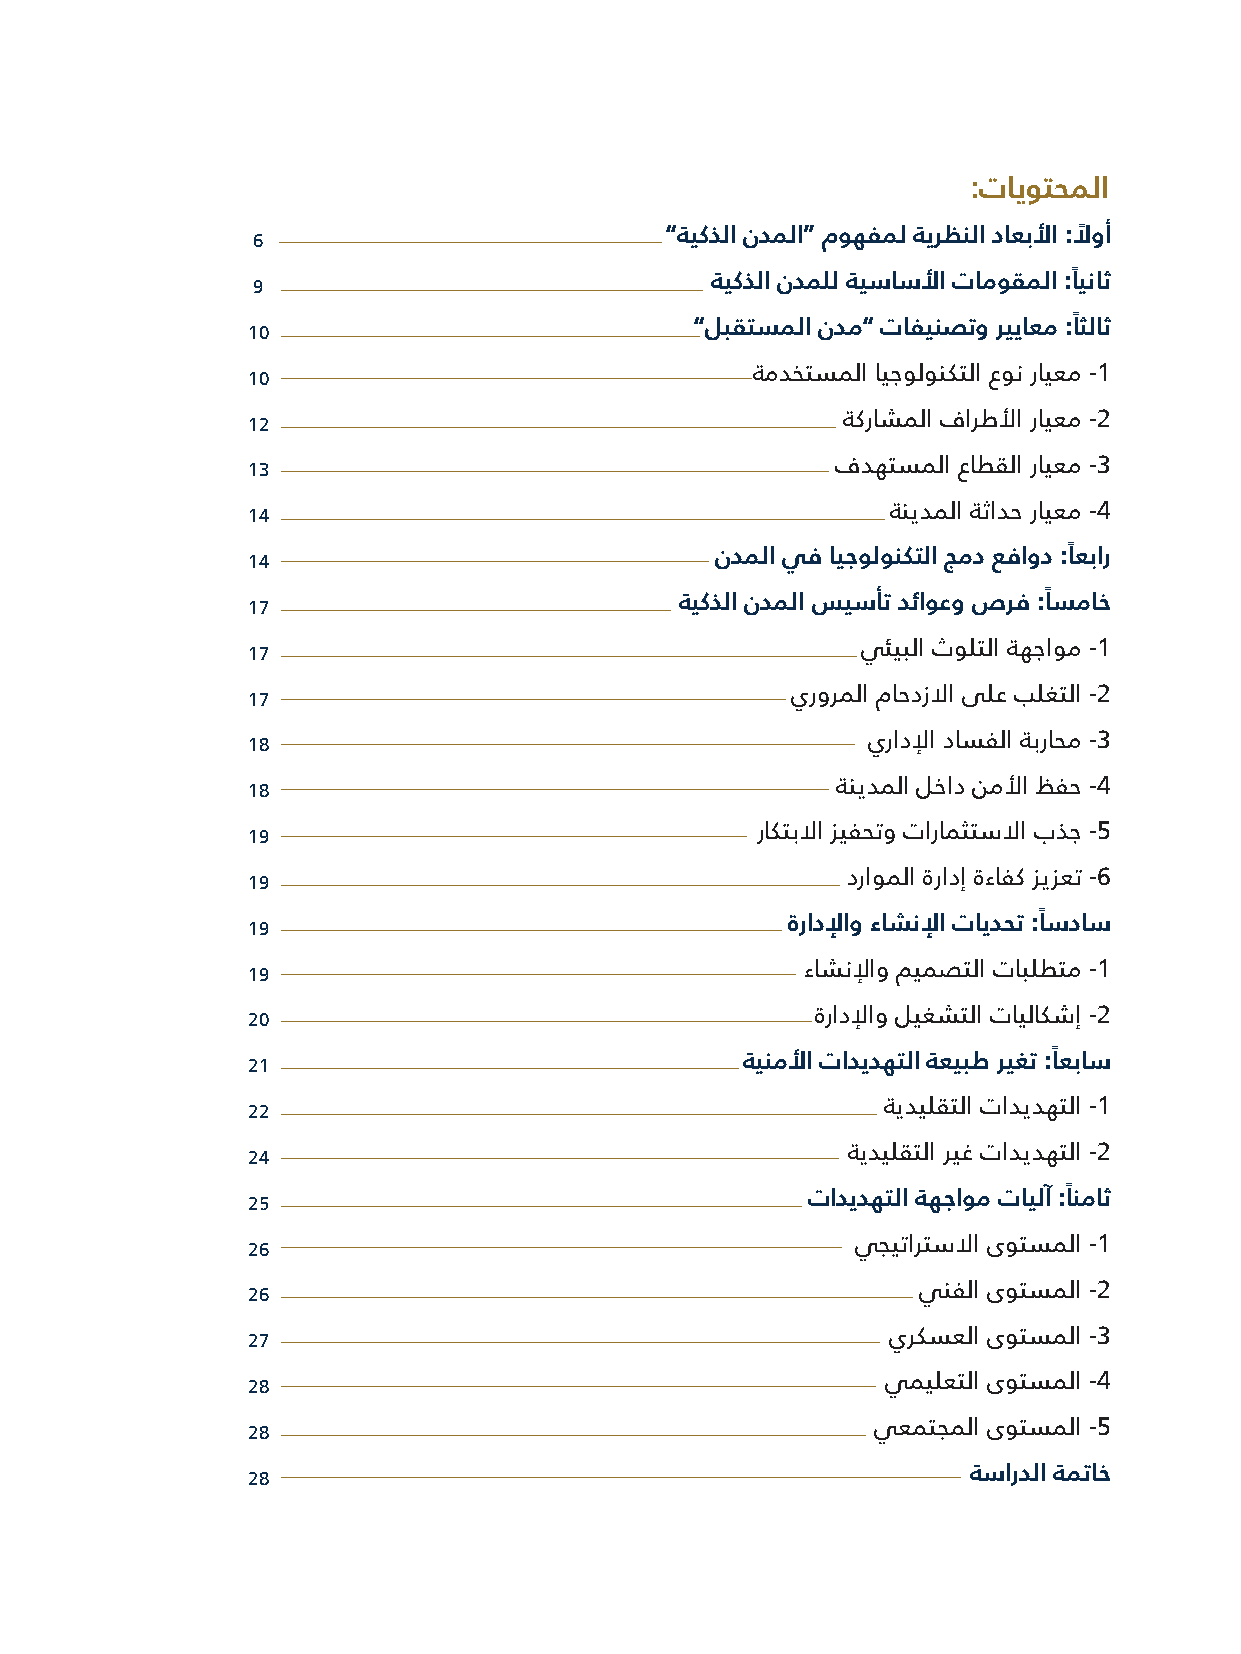
:تايوتحملا
 6
 ”ةيكذلا ندملا“ موهفمل ةيرظنلا داعبلأا :لاً وأ
 ةيكذلا ندملل ةيساسلأا تاموقملا :اًيناث
 9
 ”لبقتسملا ندم” تافينصتو ريياعم :اًثلاث
 10
 ةمدختسملا ايجولونكتلا عون رايعم -1
 10
 ةكراشملا فارطلأا رايعم -2
 12
 فدهتسملا عاطقلا رايعم -3
 13
 ةنيدملا ةثادح رايعم -4
 14
 ندملا يف ايجولونكتلا جمد عفاود :اًعبار
 14
 ةيكذلا ندملا سيسأت دئاوعو صرف :اًسماخ
 17
 يئيبلا ثولتلا ةهجاوم -1
 17
 يرورملا ماحدزلاا ىلع بلغتلا -2
 17
 يرادلإا داسفلا ةبراحم -3
 18
 ةنيدملا لخاد نملأا ظفح -4
 18
 راكتبلاا زيفحتو تارامثتسلاا بذج -5
 19
 دراوملا ةرادإ ةءافك زيزعت -6
 19
 ةرادلإاو ءاشنلإا تايدحت :اًسداس
 19
 ءاشنلإاو ميمصتلا تابلطتم -1
 19
 ةرادلإاو ليغشتلا تايلاكشإ -2
 20
 ةينملأا تاديدهتلا ةعيبط ريغت :اًعباس
 21
 ةيديلقتلا تاديدهتلا -1
 22
 ةيديلقتلا ريغ تاديدهتلا -2
 24
 تاديدهتلا ةهجاوم تايلآ :اًنماث
 25
 يجيتارتسلاا ىوتسملا -1
 26
 ينفلا ىوتسملا -2
 26
 يركسعلا ىوتسملا -3
 27
 يميلعتلا ىوتسملا -4
 28
 يعمتجملا ىوتسملا -5
 28
 ةساردلا ةمتاخ
 28